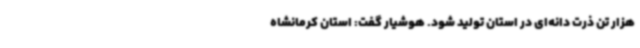
هزار تن ذرت دانه‌ای در استان تولید شود. هوشیار گفت: استان کرمانشاه